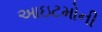
આઇટમોની